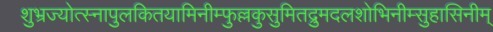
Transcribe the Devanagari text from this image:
शुभ्रज्योत्स्नापुलकितयामिनीम्फुल्लकुसुमितद्रुमदलशोभिनीम्सुहासिनीम्